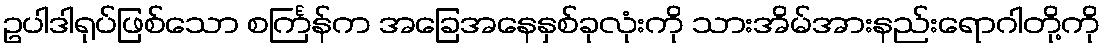
ဥပါဒါရုပ်ဖြစ်သော စင်္ကြန်က အခြေအနေနှစ်ခုလုံးကို သားအိမ်အားနည်းရောဂါတို့ကို